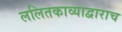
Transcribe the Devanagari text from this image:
ललितकाव्याद्वाराच